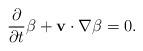
LaTeX: \begin{align*}\frac{\partial }{\partial t}\beta +\mathbf{v}\cdot \nabla \beta =0. \end{align*}